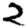
Digit: 2